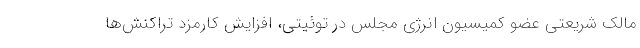
مالک شریعتی عضو کمیسیون انرژی مجلس در توئیتی، افزایش کارمزد تراکنش‌ها